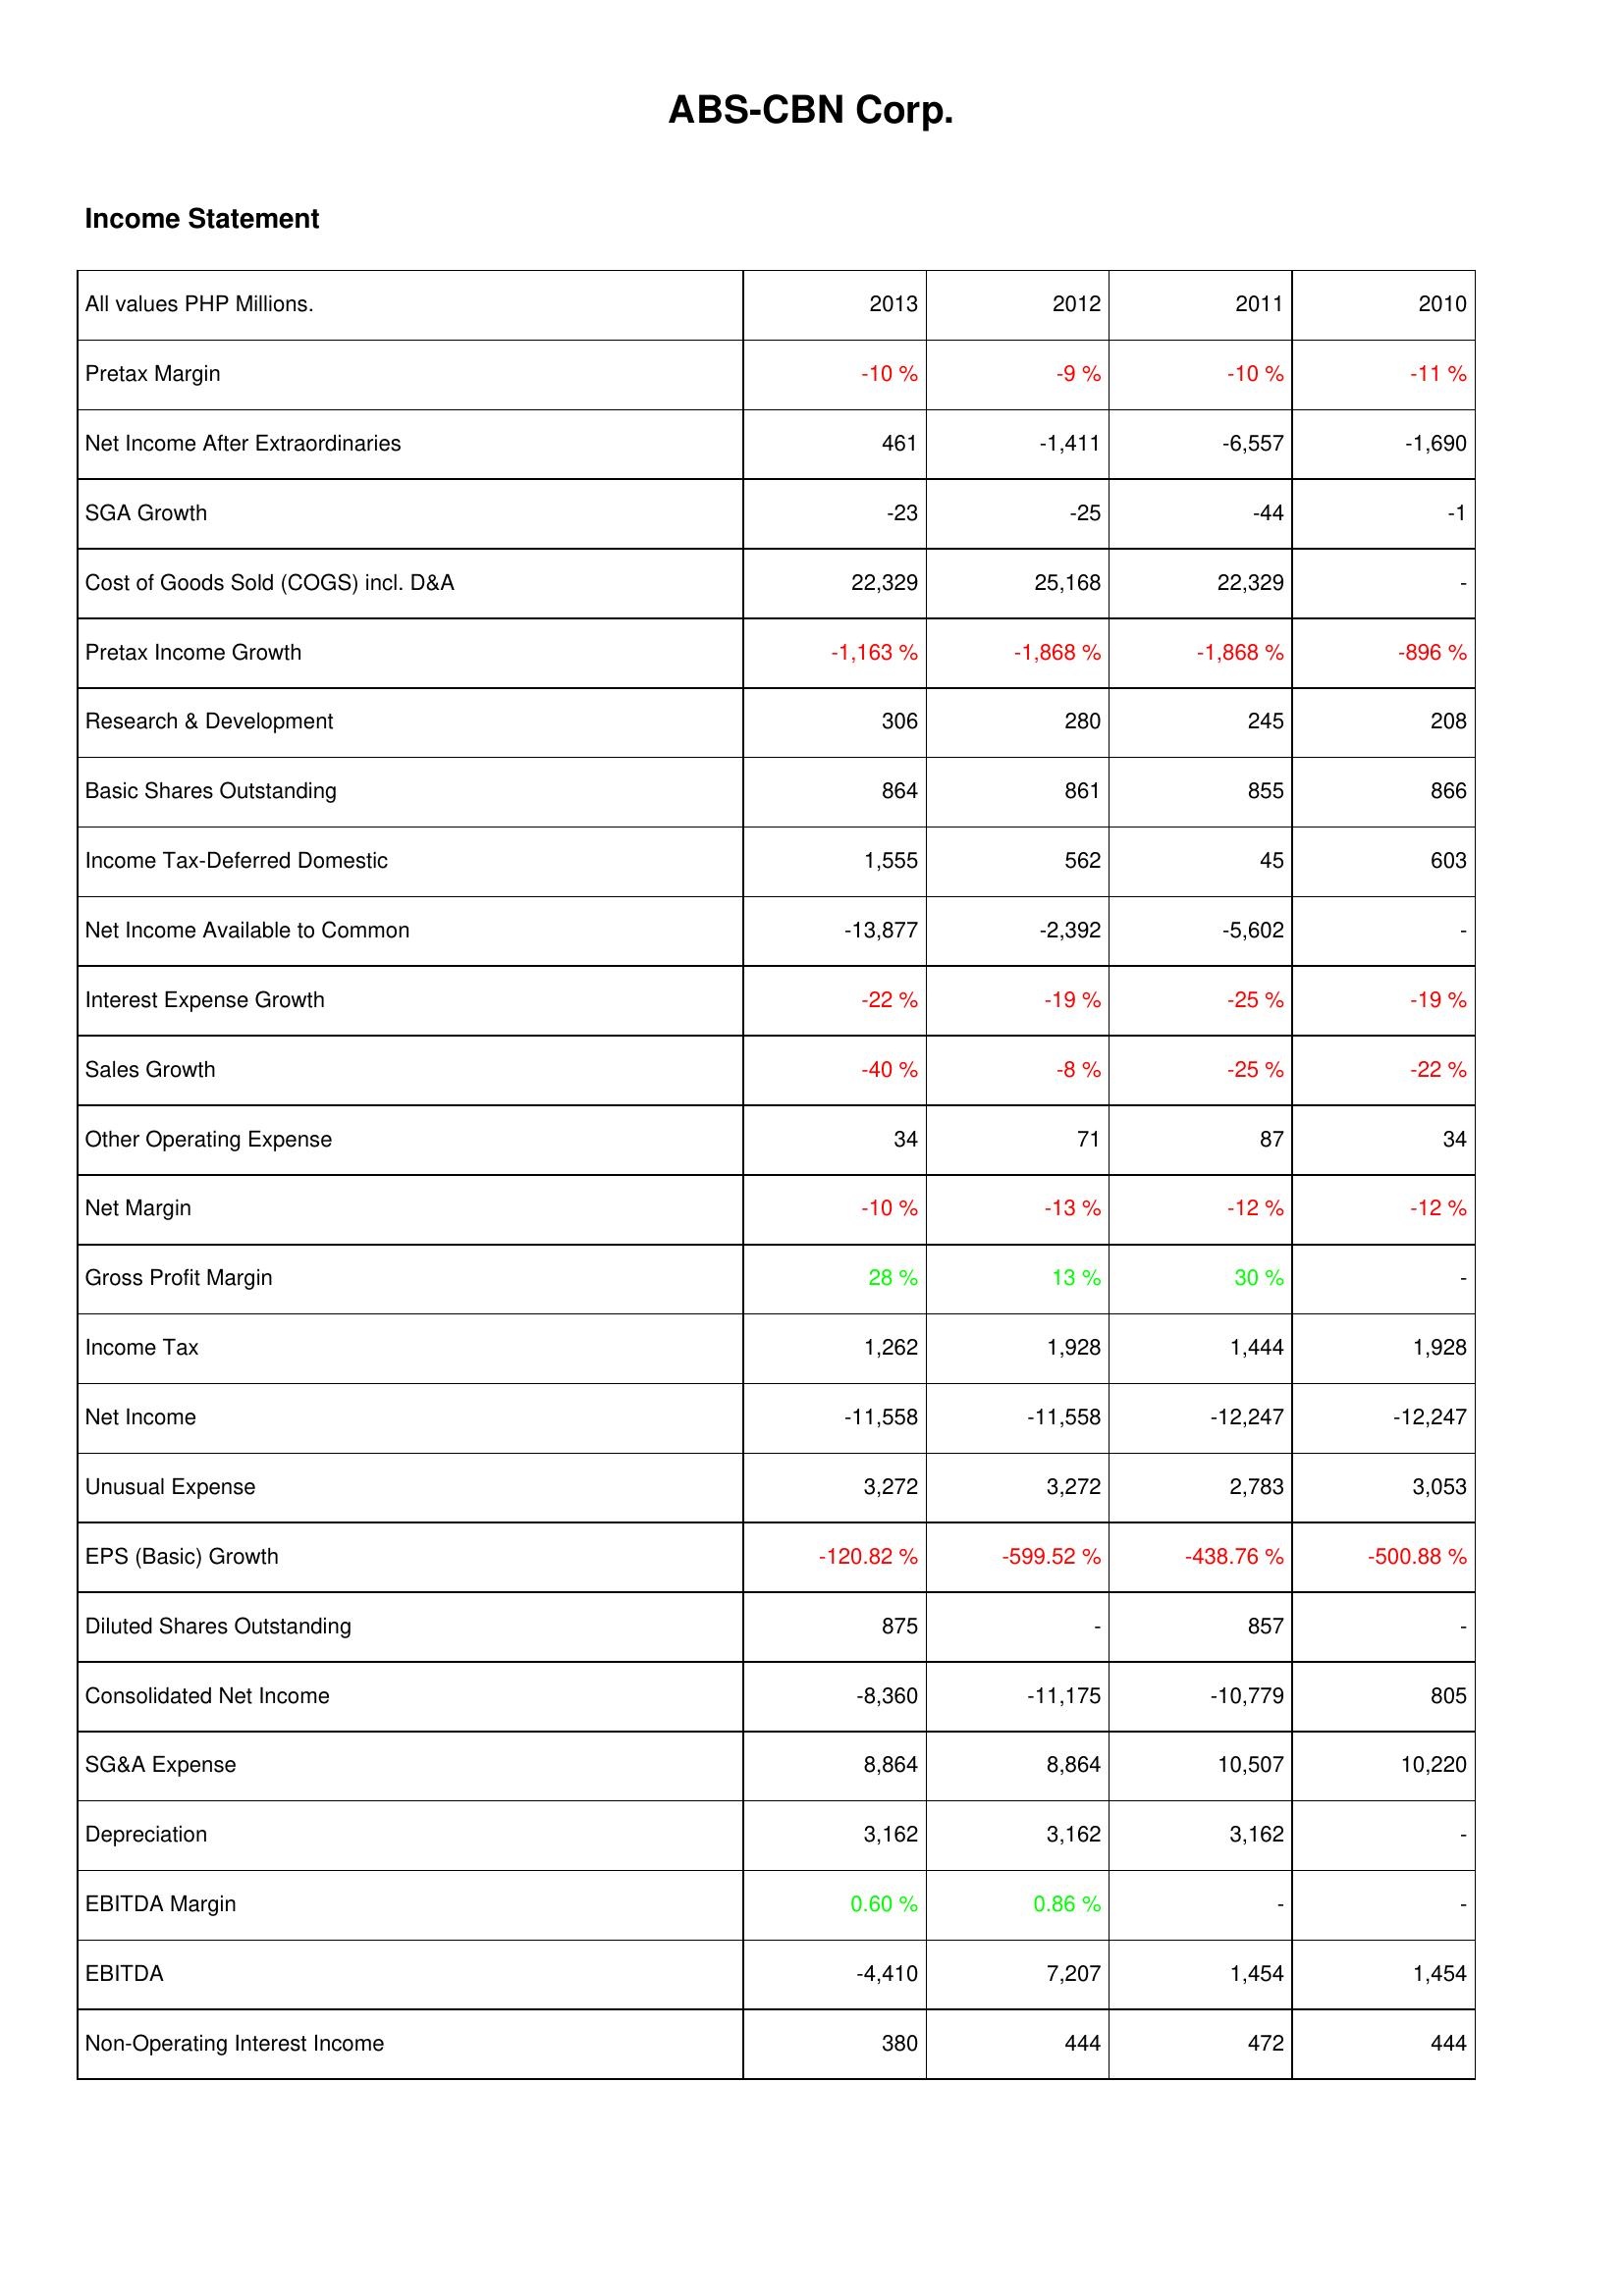
2013: Income Statement: Pretax Margin: -10 %
Net Income After Extraordinaries: 461
SGA Growth: -23
Cost of Goods Sold (COGS) incl. D&A: 22,329
Pretax Income Growth: -1,163 %
Research & Development: 306
Basic Shares Outstanding: 864
Income Tax-Deferred Domestic: 1,555
Net Income Available to Common: -13,877
Interest Expense Growth: -22 %
Sales Growth: -40 %
Other Operating Expense: 34
Net Margin: -10 %
Gross Profit Margin: 28 %
Income Tax: 1,262
Net Income: -11,558
Unusual Expense: 3,272
EPS (Basic) Growth: -120.82 %
Diluted Shares Outstanding: 875
Consolidated Net Income: -8,360
SG&A Expense: 8,864
Depreciation: 3,162
EBITDA Margin: 0.60 %
EBITDA: -4,410
Non-Operating Interest Income: 380
2012: Income Statement: Pretax Margin: -9 %
Net Income After Extraordinaries: -1,411
SGA Growth: -25
Cost of Goods Sold (COGS) incl. D&A: 25,168
Pretax Income Growth: -1,868 %
Research & Development: 280
Basic Shares Outstanding: 861
Income Tax-Deferred Domestic: 562
Net Income Available to Common: -2,392
Interest Expense Growth: -19 %
Sales Growth: -8 %
Other Operating Expense: 71
Net Margin: -13 %
Gross Profit Margin: 13 %
Income Tax: 1,928
Net Income: -11,558
Unusual Expense: 3,272
EPS (Basic) Growth: -599.52 %
Diluted Shares Outstanding: -
Consolidated Net Income: -11,175
SG&A Expense: 8,864
Depreciation: 3,162
EBITDA Margin: 0.86 %
EBITDA: 7,207
Non-Operating Interest Income: 444
2011: Income Statement: Pretax Margin: -10 %
Net Income After Extraordinaries: -6,557
SGA Growth: -44
Cost of Goods Sold (COGS) incl. D&A: 22,329
Pretax Income Growth: -1,868 %
Research & Development: 245
Basic Shares Outstanding: 855
Income Tax-Deferred Domestic: 45
Net Income Available to Common: -5,602
Interest Expense Growth: -25 %
Sales Growth: -25 %
Other Operating Expense: 87
Net Margin: -12 %
Gross Profit Margin: 30 %
Income Tax: 1,444
Net Income: -12,247
Unusual Expense: 2,783
EPS (Basic) Growth: -438.76 %
Diluted Shares Outstanding: 857
Consolidated Net Income: -10,779
SG&A Expense: 10,507
Depreciation: 3,162
EBITDA Margin: -
EBITDA: 1,454
Non-Operating Interest Income: 472
2010: Income Statement: Pretax Margin: -11 %
Net Income After Extraordinaries: -1,690
SGA Growth: -1
Cost of Goods Sold (COGS) incl. D&A: -
Pretax Income Growth: -896 %
Research & Development: 208
Basic Shares Outstanding: 866
Income Tax-Deferred Domestic: 603
Net Income Available to Common: -
Interest Expense Growth: -19 %
Sales Growth: -22 %
Other Operating Expense: 34
Net Margin: -12 %
Gross Profit Margin: -
Income Tax: 1,928
Net Income: -12,247
Unusual Expense: 3,053
EPS (Basic) Growth: -500.88 %
Diluted Shares Outstanding: -
Consolidated Net Income: 805
SG&A Expense: 10,220
Depreciation: -
EBITDA Margin: -
EBITDA: 1,454
Non-Operating Interest Income: 444